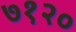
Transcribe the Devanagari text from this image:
७१२०